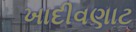
ખાદીવણાટ